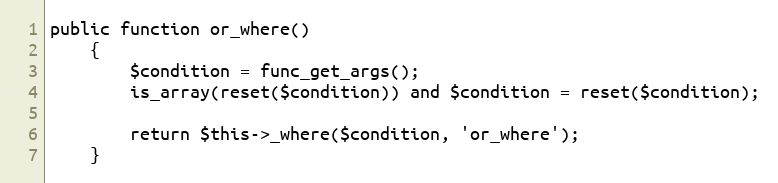
Language: PHP
public function or_where()
	{
		$condition = func_get_args();
		is_array(reset($condition)) and $condition = reset($condition);

		return $this->_where($condition, 'or_where');
	}